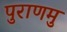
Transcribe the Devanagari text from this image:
पुराणमु